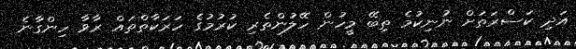
އަދި ކަސްރަތަށް ނުނިކުމެ ތިބޭ މީހުން ހޭލުންތެރި ކުރުމުގެ ހަރަކާތްތައް ރާވާ ހިންގާނެ